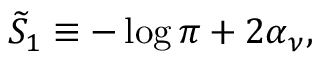
{ \widetilde S } _ { 1 } \equiv - \log \pi + 2 \alpha _ { \nu } ,